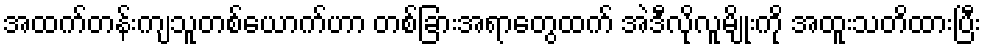
အထက်တန်းကျသူတစ်ယောက်ဟာ တစ်ခြားအရာတွေထက် အဲဒီလိုလူမျိုးကို အထူးသတိထားပြီး